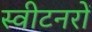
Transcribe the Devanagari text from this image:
स्वीटनरों